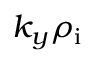
k _ { y } \rho _ { \mathrm { i } }